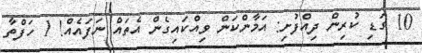
10 ގަޑި ކުރިން ދިއްފުށި: އަމާންކަން ވިއްކައިގެން އެތައް ނަފައެއް! 1 ހަފްތާ